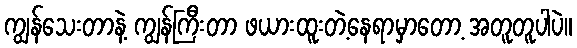
ကျွန်သေးတာနဲ့ ကျွန်ကြီးတာ ဖယားထူးတဲ့နေရာမှာတော့ အတူတူပါပဲ။